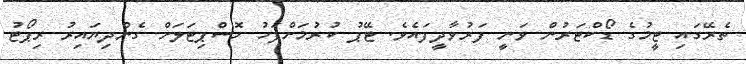
ތެރޭގައި ޓީމުގެ ޑޯކްޓަރުން ވަނީ ފަރުވާދީފައެވެ. ޓޭޕު ކުރުމަށްފަހު ހޮސްޕިޓަލަށް ގެންދިޔައިރު ރިޕޯޓު